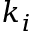
k _ { i }